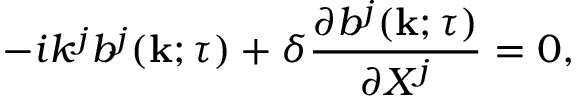
- i k ^ { j } b ^ { j } ( { \bf { k } } ; \tau ) + \delta \frac { \partial b ^ { j } ( { \bf { k } } ; \tau ) } { \partial X ^ { j } } = 0 ,